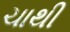
ચાથી